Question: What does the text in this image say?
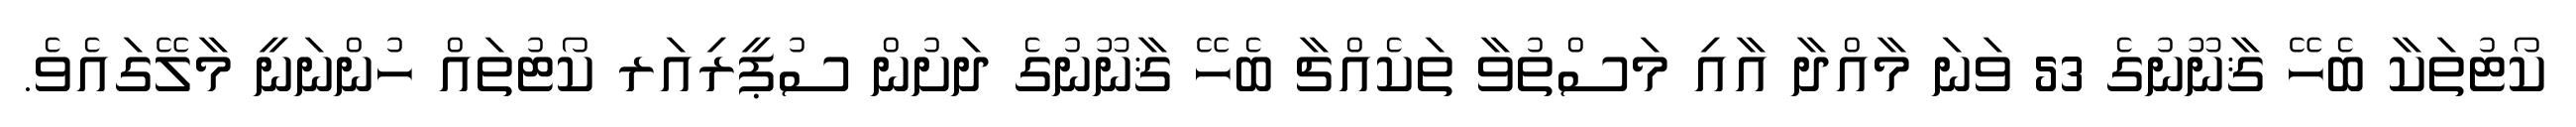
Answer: ކޯޓުތަކާ ބެހޭ ޤާނޫނުގެ 53 ވަނަ މާއްދާ އާއި މަސްތުވާ ތަކެއްޗާ ބެހޭ ޤާނޫނުގެ ދަށުން ސުޕީރިއަރ ކޯޓުތައް ހުންނަނީ މާލޭގައެވެ.